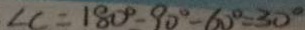
\angle C = 1 8 0 ^ { \circ } - 9 0 ^ { \circ } - 6 0 ^ { \circ } = 3 0 ^ { \circ }